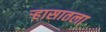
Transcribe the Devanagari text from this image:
र्‍हासातला